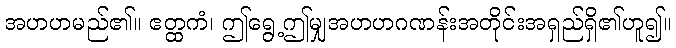
အဟဟမည်၏။ ဧတ္ထကံ၊ ဤရွေ့ဤမျှအဟဟဂဏန်းအတိုင်းအရှည်ရှိ၏ဟူ၍။